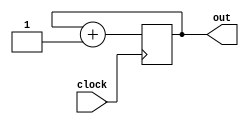
module count_32bit(clock, out);
	input clock;
	output reg [31:0]out;
	always @(posedge clock)
		out <= out + 1'b1;
endmodule